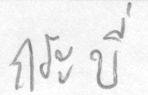
กระบี่